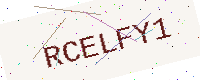
Text: RCELFY1